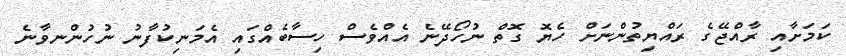
ކަމަށާއި ރާއްޖޭގެ ރައްޔިތުންނަށް ހެޔޮ ގޮތް ނުހޯދޭނެ އެއްވެސް ހިސާބެއްގައި އެމަނިކުފާނު ނުހުންނވާނެ